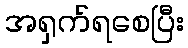
အရှက်ရစေပြီး